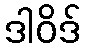
ဒါဝိဒ်